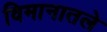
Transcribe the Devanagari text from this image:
विमानातले